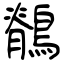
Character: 鶺